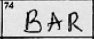
Transcription: BAR